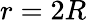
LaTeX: r=2R